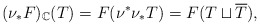
\begin{align*}(\nu_{*}F)_{\mathbb{C}}(T)=F(\nu^{*}\nu_{*}T)=F(T\sqcup\overline{T}),\end{align*}